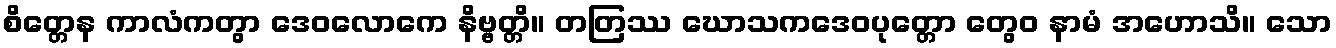
စိတ္တေန ကာလံကတွာ ဒေဝလောကေ နိဗ္ဗတ္တိ။ တတြဿ ဃောသကဒေဝပုတ္တော တွေဝ နာမံ အဟောသိ။ သော